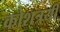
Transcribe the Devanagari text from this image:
कोशत्रयी